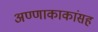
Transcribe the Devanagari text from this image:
अण्णाकाकांसह